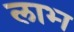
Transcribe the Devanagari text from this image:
लाभ्‍ा